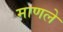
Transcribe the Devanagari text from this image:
माणले